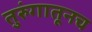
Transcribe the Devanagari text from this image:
तुरुंगातूनच